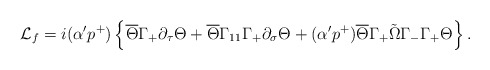
\begin{align*}{\cal L}_{f}=i(\alpha' p^{+})\left\{\overline{\Theta}\Gamma_{+}\partial_{\tau}\Theta+\overline{\Theta}\Gamma_{11}\Gamma_{+}\partial_{\sigma}\Theta+(\alpha' p^{+})\overline{\Theta}\Gamma_{+}\tilde{\Omega}\Gamma_{-}\Gamma_{+}\Theta\right\}.\end{align*}